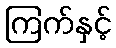
ကြက်နှင့်